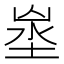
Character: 𡍑